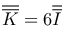
\overline { { \overline { { K } } } } = 6 \overline { { \overline { { I } } } }